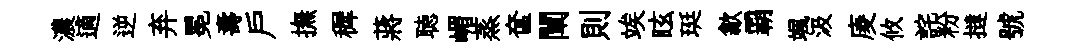
濃適逆弃冕夀戸撫穉蔣聴嵋蒸奩闡則竢眩珽歙覇颯汲庱攸詫粉撻號